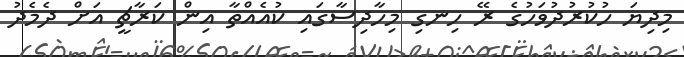
މިދިޔަ ހުކުރުދުވަހުގެ ރޭ ހިނގި މިހާދިސާގައި ކުއެއްތާ އިން ކަރާޗީ އަށް ދެމެދު